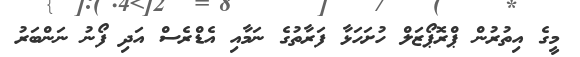
މީގެ އިތުރުން ޕްރޮޕޯޒަލް ހުށަހަޅާ ފަރާތުގެ ނަމާއި އެޑްރެސް އަދި ފޯނު ނަންބަރު